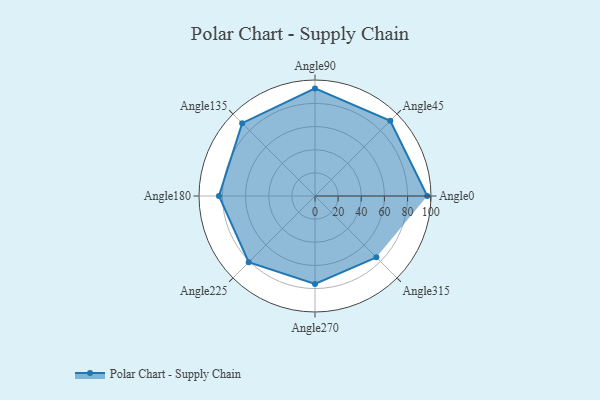
{"axis": {"x": "Angle", "y": "Radius"}, "legend": [""], "data": [{"x": "Angle0", "y": 97.0, "type": ""}, {"x": "Angle45", "y": 92.0, "type": ""}, {"x": "Angle90", "y": 93.0, "type": ""}, {"x": "Angle135", "y": 89.0, "type": ""}, {"x": "Angle180", "y": 83.0, "type": ""}, {"x": "Angle225", "y": 81.0, "type": ""}, {"x": "Angle270", "y": 76.0, "type": ""}, {"x": "Angle315", "y": 75.0, "type": ""}]}